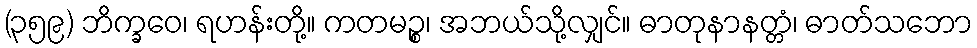
(၃၅၉) ဘိက္ခဝေ၊ ရဟန်းတို့။ ကတမဉ္စ၊ အဘယ်သို့လျှင်။ ဓာတုနာနတ္တံ၊ ဓာတ်သဘော